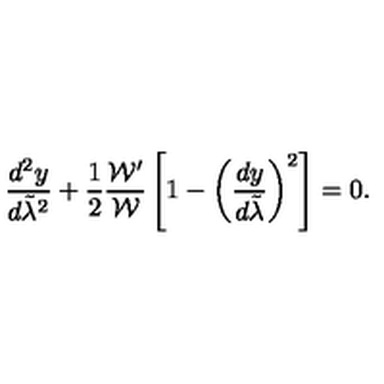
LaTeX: { \frac { d ^ { 2 } y } { d \tilde { \lambda } ^ { 2 } } } + { \frac { 1 } { 2 } } { \frac { { \cal W } ^ { \prime } } { \cal W } } \left[ 1 - \left( { \frac { d y } { d \tilde { \lambda } } } \right) ^ { 2 } \right] = 0 .